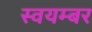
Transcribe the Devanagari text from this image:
स्वयम्बर